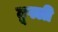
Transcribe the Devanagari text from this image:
टूपली